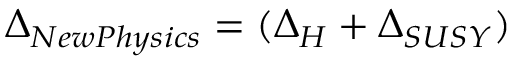
\Delta _ { N e w P h y s i c s } = ( \Delta _ { H } + \Delta _ { S U S Y } )